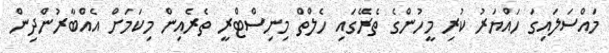
މައްސަލައިގަ ހައްޔަރު ކުރި މީހުންގެ ތެރޭގައި ހެލްތް މިނިސްޓްރީ ތެރެއިން މިކަމަށް އެއްބާރުންދިން